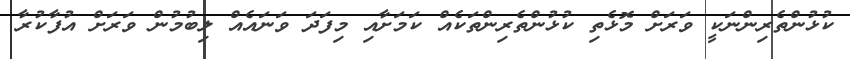
ކުޅުންތެރިންނަކީ ވަރަށް މޮޅެތި ކުޅުންތެރިންތަކެއް ކަމަށާއި މިފަދަ ވަނައެއް ލިބުމުން ވަރަށް އުފާކުރާ